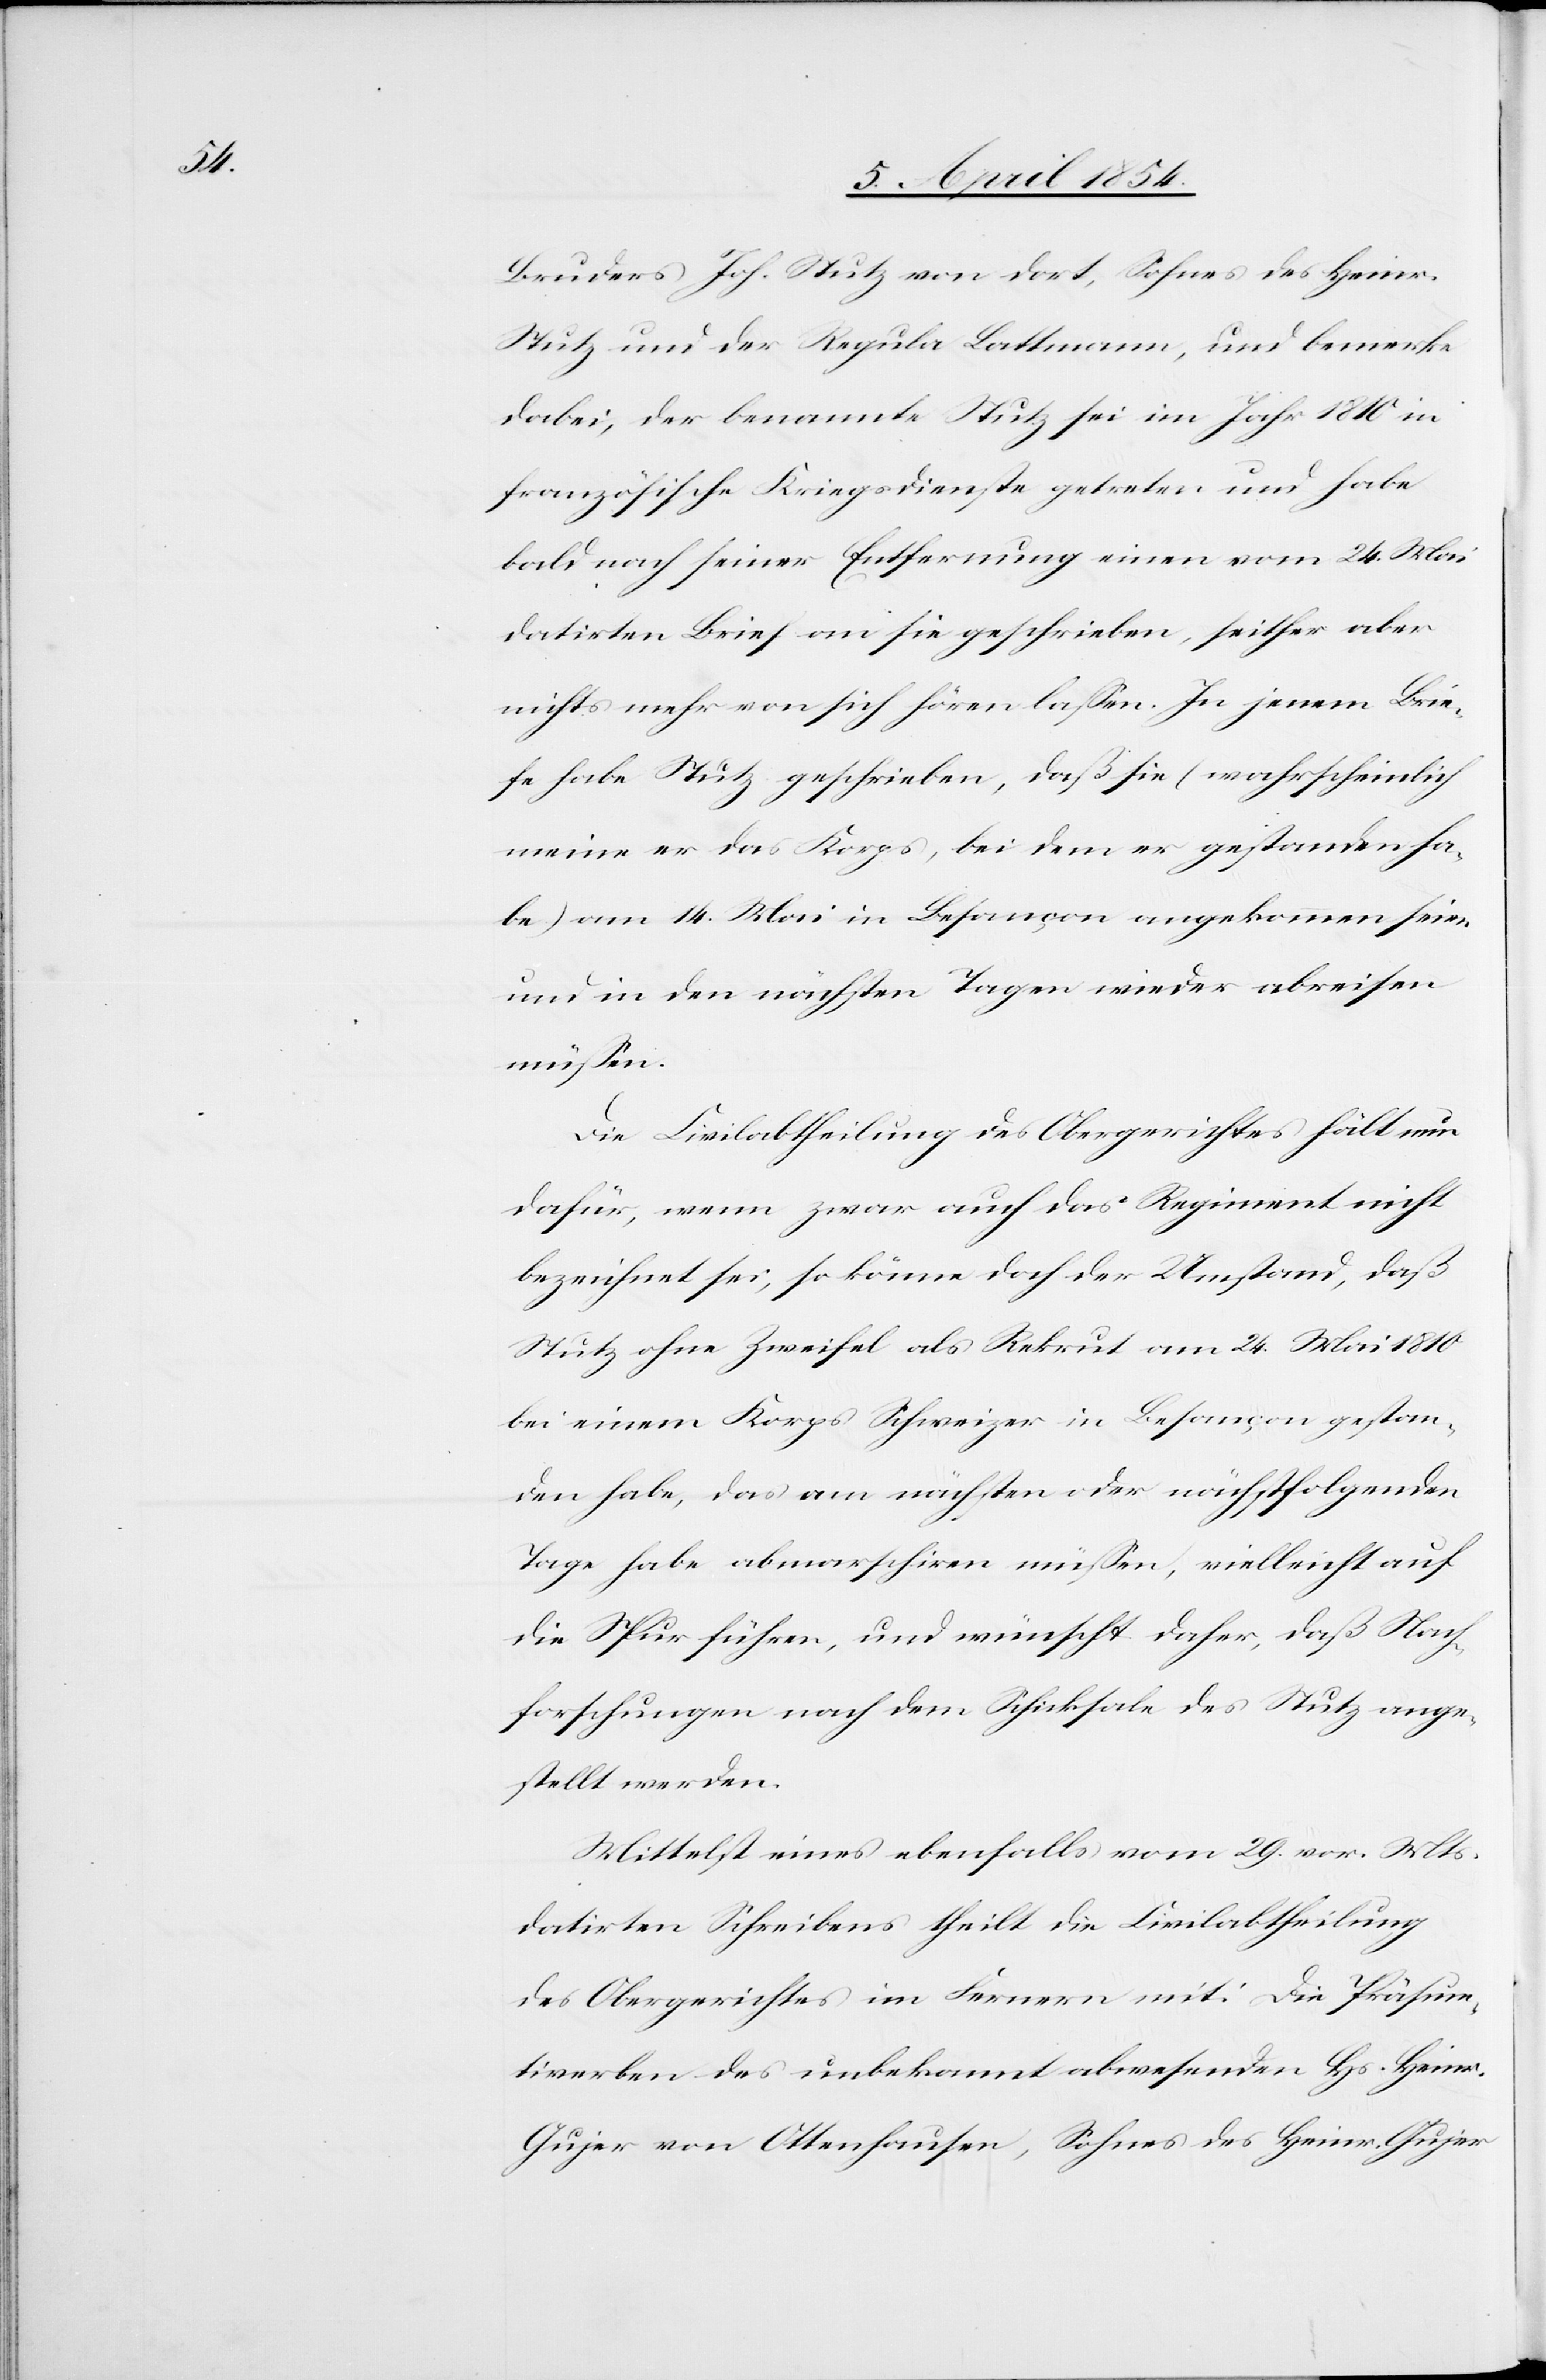
Bruders Joh. Stutz von dort, Sohnes des Heinr.
Stutz und der Regula Lattmann, und bemerke
dabei, der benannte Stutz sei im Jahr 1810 in
französische Kriegsdienste getreten und habe
bald nach seiner Entfernung einen vom 24. Mai
datirten Brief an sie geschrieben, seither aber
nichts mehr von sich hören laßen. In jenem Brie¬
fe habe Stutz geschrieben, daß sie (wahrscheinlich
meine er das Korps, bei dem er gestanden ha¬
be) am 14. Mai in Besançon angekommen seien
und in den nächsten Tagen wieder abreisen
müßen.
Die Civilabtheilung des Obergerichtes hält nun
dafür, wenn zwar auch das Regiment nicht
bezeichnet sei, so könne doch der Umstand, daß
Stutz ohne Zweifel als Rekrut am 24. Mai 1810
bei einem Korps Schweizer in Besançon gestan¬
den habe, das am nächsten oder nächstfolgenden
Tage habe abmarschiren müßen, vielleicht auf
die Spur führen, und wünscht daher, daß Nach¬
forschungen nach dem Schicksale des Stutz ange¬
stellt werden.
Mittelst eines ebenfalls vom 29. vor. Mts
datirten Schreibens theilt die Civilabtheilung
des Obergerichtes im Fernern mit: Die Präsum¬
tiverben des unbekannt abwesenden Hs. Heinrich
Gujer von Ottenhausen, Sohnes des Heinr. Gujer